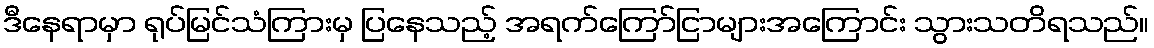
ဒီနေရာမှာ ရုပ်မြင်သံကြားမှ ပြနေသည့် အရက်ကြော်ငြာများအကြောင်း သွားသတိရသည်။